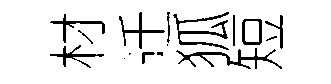
材迁狐短